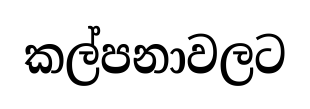
කල්පනාවලට